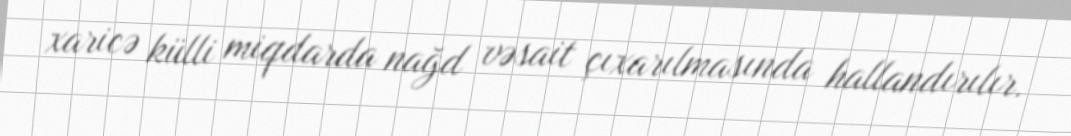
xaricə külli miqdarda nağd vəsait çıxarılmasında hallandırılır.